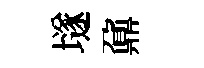
𡑞鼐